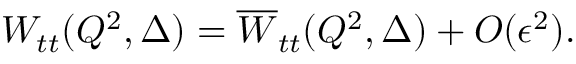
W _ { t t } ( Q ^ { 2 } , \Delta ) = \overline { { { W } } } _ { t t } ( Q ^ { 2 } , \Delta ) + O ( \epsilon ^ { 2 } ) .